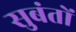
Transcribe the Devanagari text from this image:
सुबंतों